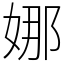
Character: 娜